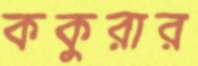
ককুরার